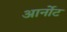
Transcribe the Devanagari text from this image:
आर्नोट